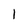
Character: 1